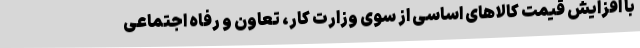
با افزایش قیمت کالاهای اساسی از سوی وزارت کار، تعاون و رفاه اجتماعی